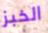
الخبز